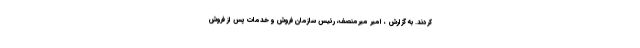
کردند. به گزارش ، امیر میرمنصف، رئیس سازمان فروش و خدمات پس از فروش